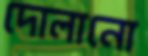
দোলানো